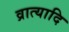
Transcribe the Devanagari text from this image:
व्रात्यादि